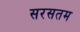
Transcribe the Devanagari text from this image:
सरसतम